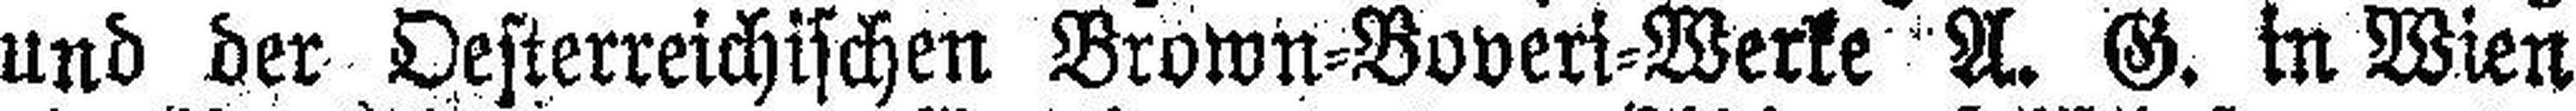
und der Oesterreichischen Brown=Boveri=Werke A. G. in Wien